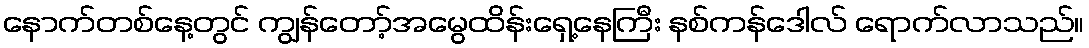
နောက်တစ်နေ့တွင် ကျွန်တော့်အမွေထိန်းရှေ့နေကြီး နစ်ကန်ဒေါလ် ရောက်လာသည်။